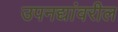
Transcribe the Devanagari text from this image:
उपनद्यांवरील